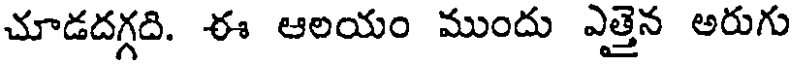
చూడదగ్గది. ఈ ఆలయం ముందు ఎత్తైన అరుగు